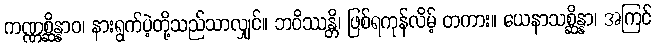
ကဏ္ဏစ္ဆိန္နာဝ၊ နားရွက်ပဲ့တို့သည်သာလျှင်။ ဘဝိဿန္တိ၊ ဖြစ်ရကုန်လိမ့် တကား။ ယေနာသစ္ဆိန္နာ၊ အကြင်